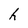
Character: h